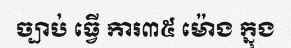
ច្បាប់ ធ្វើ ការ៣៥ ម៉ោង ក្នុង